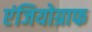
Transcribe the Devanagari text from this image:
एंजियोग्राफ